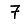
Digit: 7